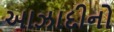
આઝાદીનો